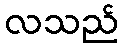
လသည်